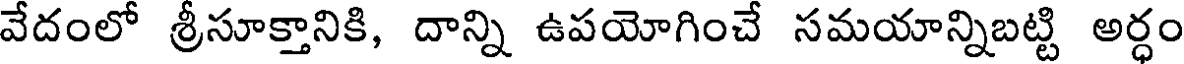
వేదంలో శ్రీసూక్తానికి, దాన్ని ఉపయోగించే సమయాన్నిబట్టి అర్ధం